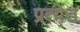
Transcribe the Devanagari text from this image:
प्रत्येत